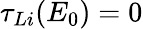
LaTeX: \tau_{Li}(E_{0})=0